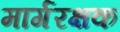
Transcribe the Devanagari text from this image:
मार्गरक्षक